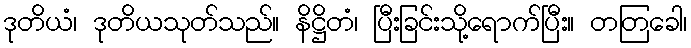
ဒုတိယံ၊ ဒုတိယသုတ်သည်။ နိဋ္ဌိတံ၊ ပြီးခြင်းသို့ရောက်ပြီး။ တတြခေါ၊